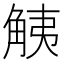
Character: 𧣧